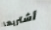
أشتريها